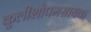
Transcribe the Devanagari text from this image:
कुलीशोपमसायक